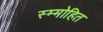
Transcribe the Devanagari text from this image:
स्म्मोहित